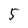
Character: 5